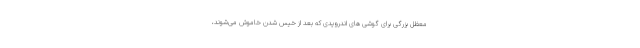
معظل بزرگی برای گوشی های اندرویدی که بعد از خیس شدن خاموش می‌شوند،